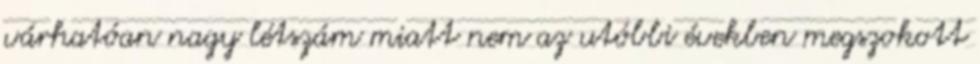
várhatóan nagy létszám miatt nem az utóbbi években megszokott